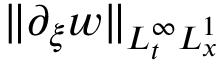
\| \partial _ { \xi } w \| _ { L _ { t } ^ { \infty } L _ { x } ^ { 1 } }